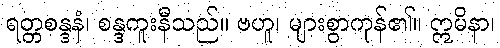
ရတ္တစန္ဒနံ၊ စန္ဒကူးနီသည်။ ဗဟူ၊ များစွာကုန်၏။ ဣမိနာ၊